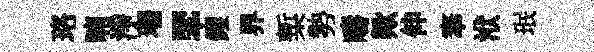
珞喃淨珊翆钁界槧勢疇歟伸搴洑珉